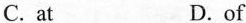
C.at D.of